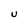
Character: u